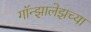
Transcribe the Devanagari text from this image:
गॉन्झालेझच्या